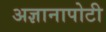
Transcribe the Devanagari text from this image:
अज्ञानापोटी